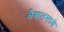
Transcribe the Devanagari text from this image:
बैरूतमध्ये